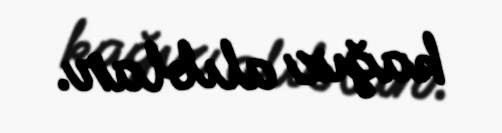
kağız alıblar.